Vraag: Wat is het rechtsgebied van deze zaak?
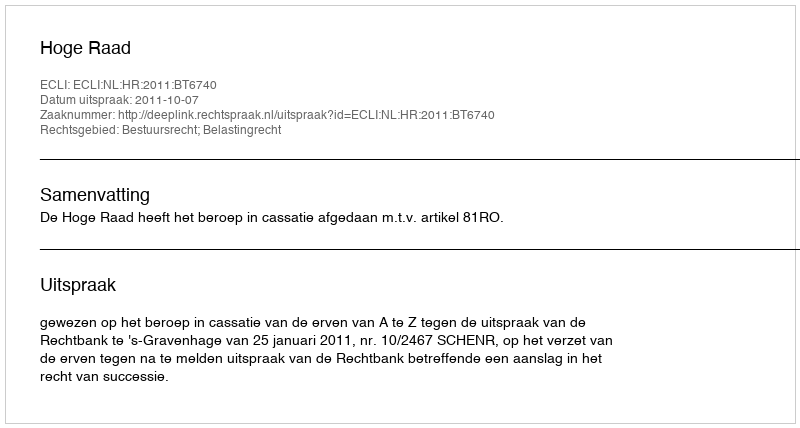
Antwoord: Bestuursrecht; Belastingrecht